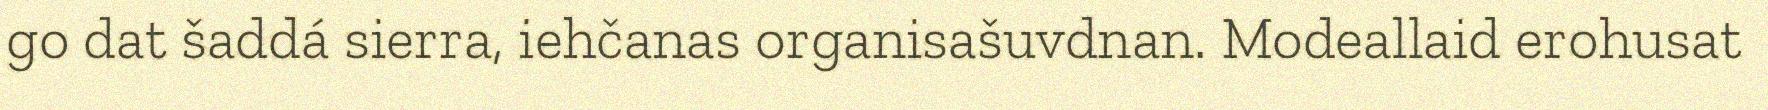
go dat šaddá sierra, iehčanas organisašuvdnan. Modeallaid erohusat